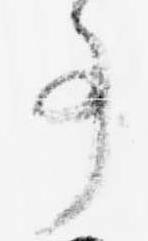
事